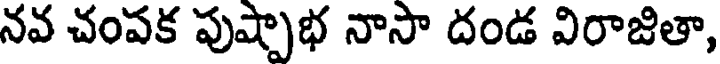
నవ చంపక పుష్పాభ నాసా దండ విరాజితా,